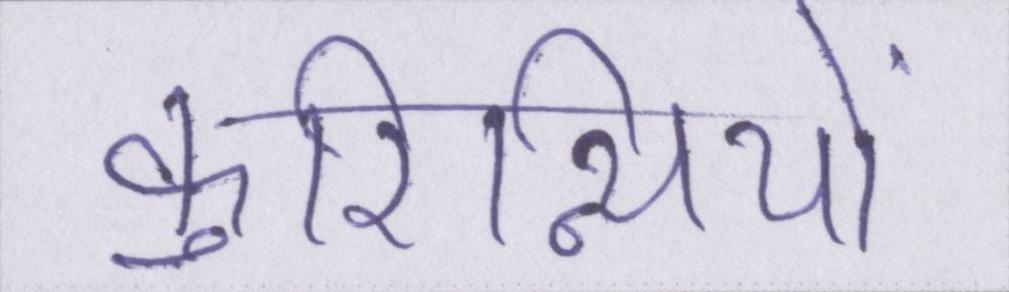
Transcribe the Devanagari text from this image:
कुरिन्थियों